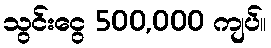
သွင်းငွေ 500,000 ကျပ်။